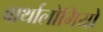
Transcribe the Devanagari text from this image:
बार्थालोमियो